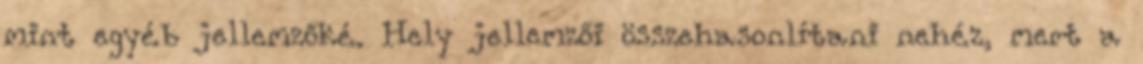
mint egyéb jellemzőké. Hely jellemzői összehasonlítani nehéz, mert a